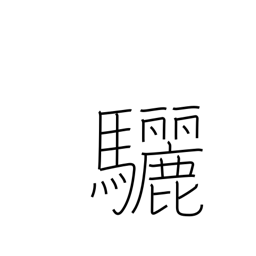
Meaning: black horse